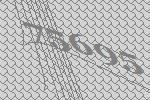
75695